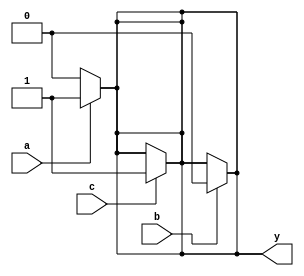
module multiple_drivers (
    input wire a,
    input wire b,
    input wire c,
    output wire y
);
    // Wire type signal that will be driven by multiple sources
    wire y_internal;

    // First driver logic
    assign y_internal = a ? 1'b1 : 1'b0; // Driver 1: assigns 1 if 'a' is high, else 0

    // Second driver logic
    assign y_internal = b ? 1'b0 : y_internal; // Driver 2: assigns 0 if 'b' is high, else retains the previous value

    // Third driver logic
    assign y_internal = c ? 1'b1 : y_internal; // Driver 3: assigns 1 if 'c' is high, else retains the previous value

    // Using a tri-state approach for resolution
    assign y = y_internal; // Assign the resolved value to output

endmodule